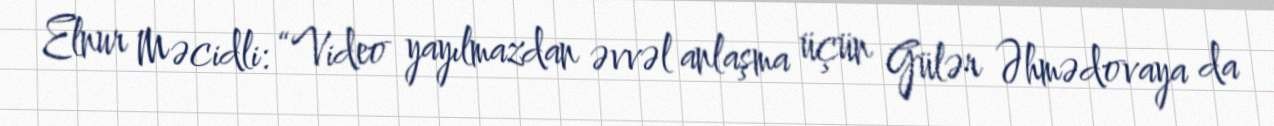
Elnur Məcidli: “Video yayılmazdan əvvəl anlaşma üçün Gülər Əhmədovaya da